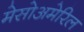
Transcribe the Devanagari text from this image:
मेसोअमेरिल